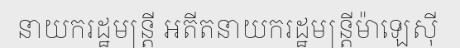
នាយករដ្ឋមន្ត្រី អតីតនាយករដ្ឋមន្ត្រីម៉ាឡេស៊ី